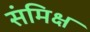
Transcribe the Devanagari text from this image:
संमिक्ष